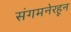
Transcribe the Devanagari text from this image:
संगमनेरहून